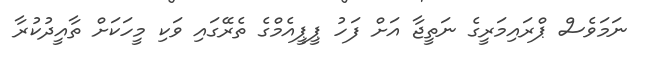
ނަމަވެސް ޕްރައިމަރީގެ ނަތީޖާ އަށް ފަހު ޕީޕީއެމްގެ ތެރޭގައި ވަކި މީހަކަށް ތާއީދުކުރާ